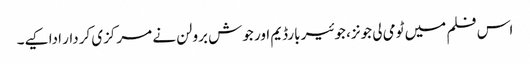
اس فلم میں ٹومی لی جونز، جوئیر بارڈیم اور جوش برولن نے مرکزی کردار ادا کیے۔